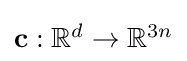
{\textstyle \mathbf {c} :\mathbb {R} ^{d}\rightarrow \mathbb {R} ^{3n}}